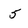
Character: 5